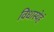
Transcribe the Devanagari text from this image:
विधास्येहं